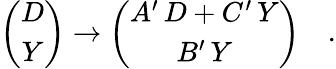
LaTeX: \left(\begin{array}{c}{{D}}\\ {{Y}}\end{array}\right)\rightarrow\left(\begin{array}{c}{{A^{\prime}\, D+C^{\prime}\, Y}}\\ {{B^{\prime}\, Y}}\end{array}\right)\quad.